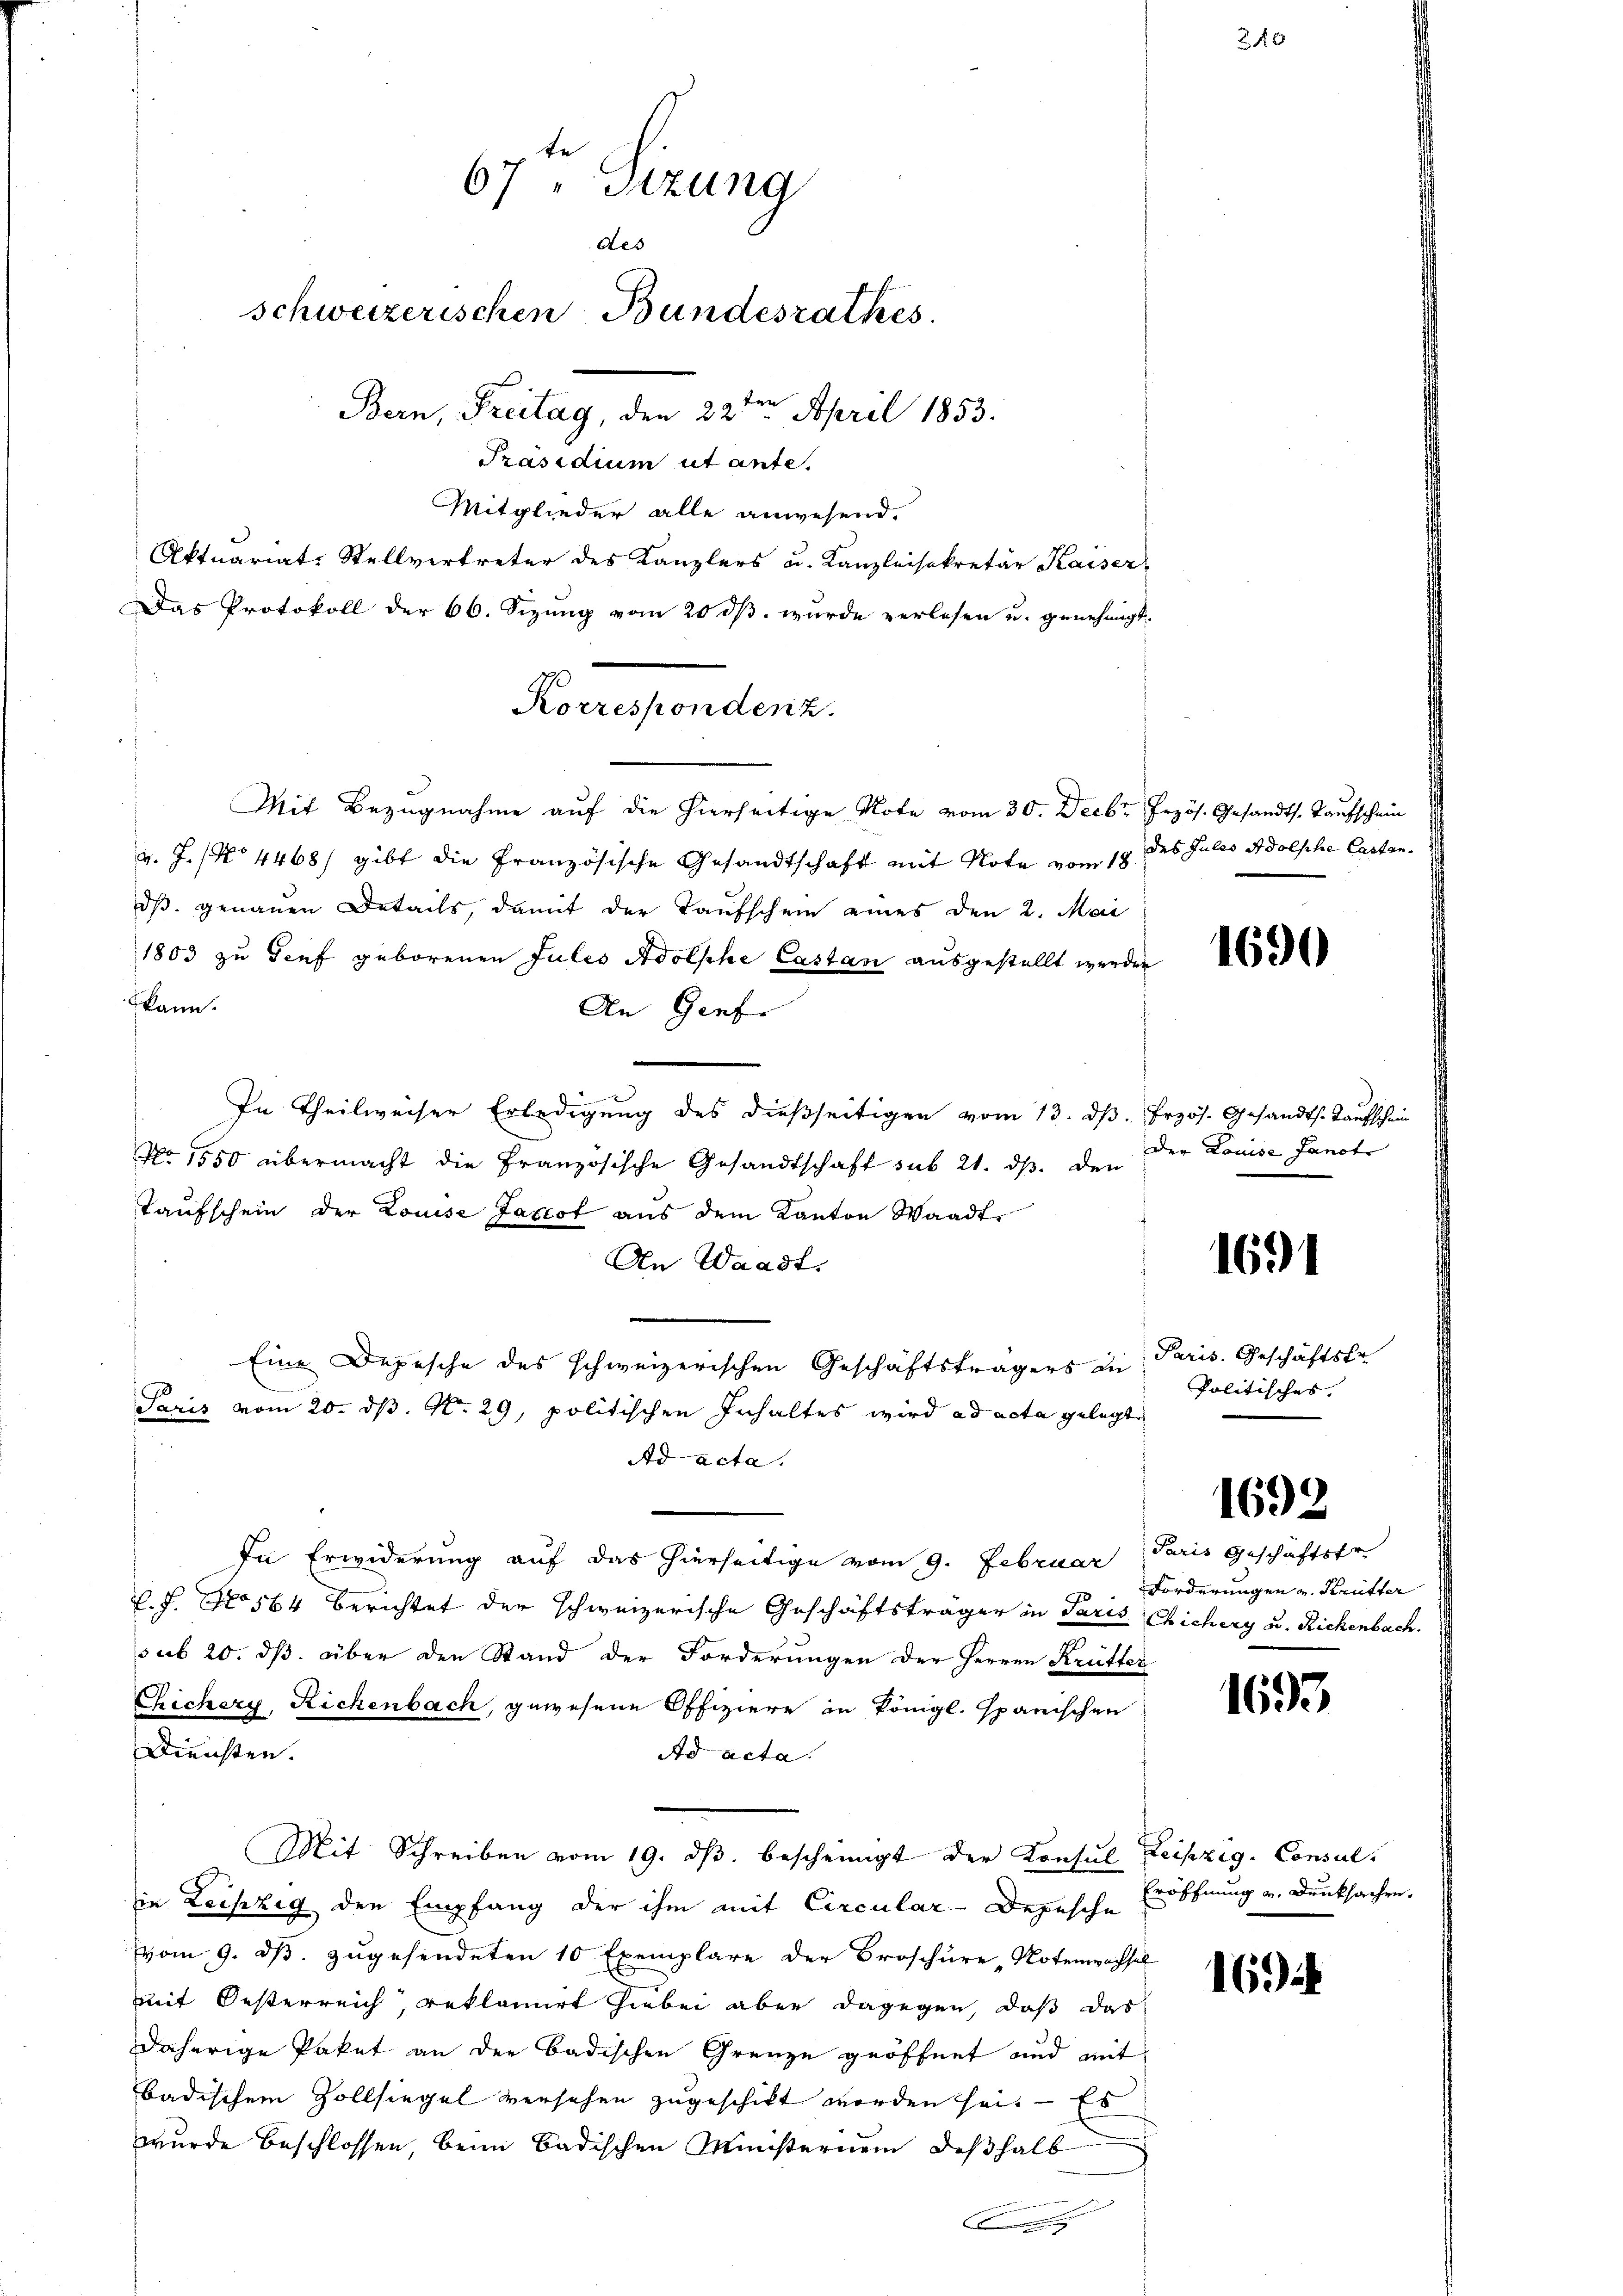
Mit Bezugnahme auf die hierseitige Note vom 30. Decbr Jrzös. Gesandts. Taufschein
v. J. No 4468) gibt die Französische Gesandtschaft mit Note vom 18 des Julis Adolphe Castandß genauen Details, damit der Taufschein eines den 2. Mai
1803 zu Genf geborenen Julis Adolphe Castan ausgestellt werden
kann.
An Genf.
In Theilweiser Erledigung des dießseitigen vom 13. ds. Erzös. Gesandts. Taufschein
No 1550 übermacht die Französische Gesandtschaft sub 21. ds. den der Louise fandte
Taufschein der Louise Jaxcot aus dem Kanton Waadt
An Waadt.
Eine Depesche des schweizerischen Geschäftsträgers zu
Paris vom 20. ds. No. 29, politischen Inhaltes wird ad acta gelegt
Ad acta.
In Erwiderung auf das hierseitige vom 9. Februar
C. J. No 564 berichtet der schweizerische Geschäftsträger in Paris Chichery u. Richenbach.
sub 20. ds. über den Stand der Forderungen der Herren Krütter
Chechery, Richenbach, gewesene Offiziere in königl. spanischen
Diensten.
Ad acta.
Mit Schreiben vom 19. dβ bescheinigt der Konsul Leipzig. Consul
in Leipzig den Empfang der ihm mit Circular-Depesche Eröffnung u. Ducksachen.
vom 9. ds. zugesendeten 10 Exemplare der Broschüre, Notenwachsel
mit Oesterreich, reklamirt hiebei aber dagegen, daß das
daherige Paket an der Badischen Grenze geöffnet und mit
badischem Zollsiegel versehen zugeschickt worden sei. — Es
wurde beschlossen, beim Badischen Ministernem deßhalb

67 sizung
des
schweizerischen Bundesrathes
Bern, Freitag, den 22ten April 1853.
Präsidium ut ante.
Mitglieder alle anwesend.
Aktuariat-Stellvertreter des Kanzlers u. Kanzleisekretär Kaiser-
Das Protokoll der 66. Sizung vom 20. ds. wurde verlesen u. genehmigt.

Konsenden.

.

1690

1691

Paris. Geschäftsfr.
Politisches.

1692

Paris Geschäftsfr.
Forderungen v. Krütter

1693

16